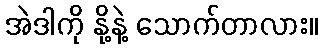
အဲဒါကို နို့နဲ့ သောက်တာလား။